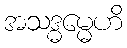
အသဒ္ဓမ္မေဟိ